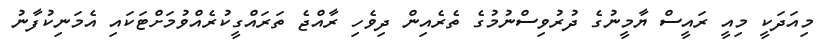
މިއަދަކީ މިއީ ރައީސް ޔާމީނުގެ ދުރުވިސްނުމުގެ ތެރެއިން ދިވެހި ރާއްޖެ ތަރައްގީކުރެއްވުމަށްޓަކައި އެމަނިކުފާނު